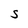
Character: S